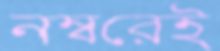
নম্বরেই